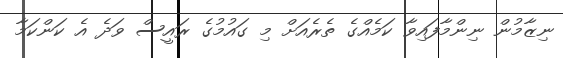
ނިޒާމުން ނިންމާފައިވާ ކަމެއްގެ ތެރެއަށް މި ގައުމުގެ ރައީސް ވަދެ އެ ކަންކަމާ